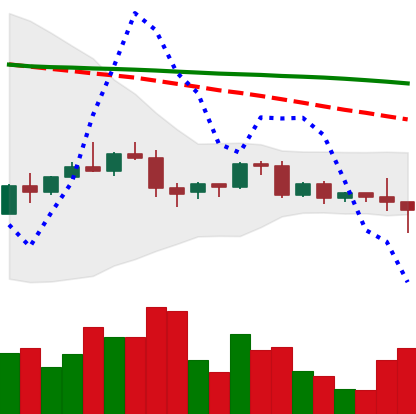
Ticker: BNB-USD
Chart end date: 2022-06-07
Forward return: -11.845%
Label: down_7plus